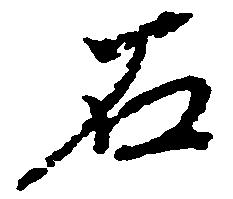
石